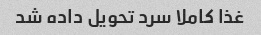
غذا کاملا سرد تحویل داده شد